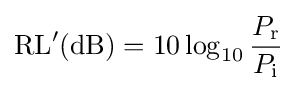
{\text{RL}}'({\text{dB}})=10\log _{10}{\frac {P_{\text{r}}}{P_{\text{i}}}}